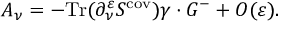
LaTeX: { \cal A } _ { \nu } = - \mathrm { T r } ( \partial _ { \nu } ^ { \varepsilon } S ^ { \mathrm { c o v } } ) \gamma \cdot G ^ { - } + { \cal O } ( \varepsilon ) .